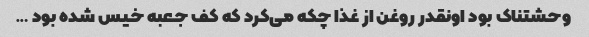
وحشتناک بود اونقدر روغن از غذا چکه می‌کرد که کف جعبه خیس شده بود …